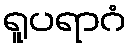
ရူပရာဂံ